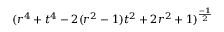
( r ^ { 4 } + t ^ { 4 } - 2 ( r ^ { 2 } - 1 ) t ^ { 2 } + 2 r ^ { 2 } + 1 ) ^ { \frac { - 1 } { 2 } }